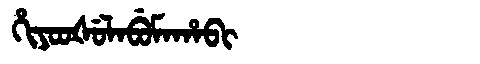
Manchu: ᡥᡳᠶᠣᠣᡧᡠᠯᠠᠪᡠᠮᠠᡥᠠᠪᡳ
Romanization: HIYOOŠULABUMAHABI